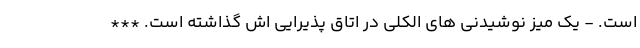
است. - یک میز نوشیدنی های الکلی در اتاق پذیرایی اش گذاشته است. ***